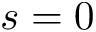
s = 0